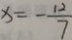
x = - \frac { 1 2 } { 7 }